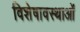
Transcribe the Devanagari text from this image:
विशेषावस्थाओं